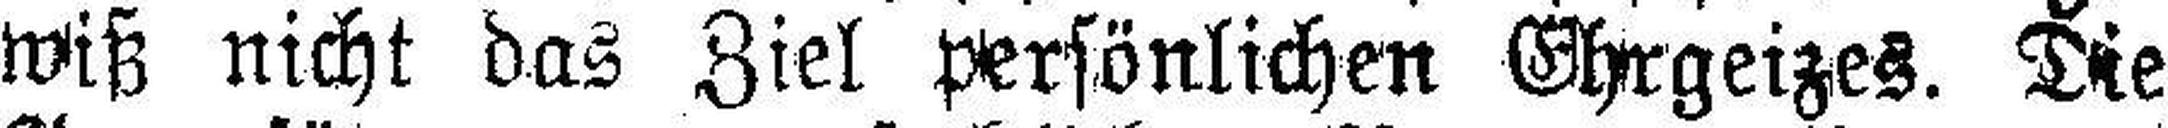
wiß nicht das Ziel persönlichen Ehrgeizes. Die